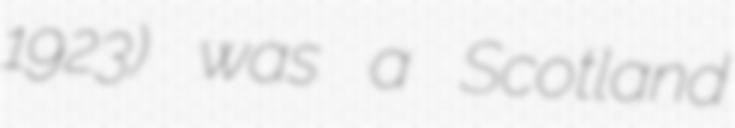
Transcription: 1923) was a Scotland